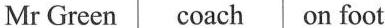
Mr Green coach on foot